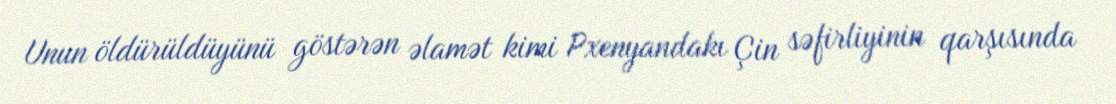
Unun öldürüldüyünü göstərən əlamət kimi Pxenyandakı Çin səfirliyinin qarşısında